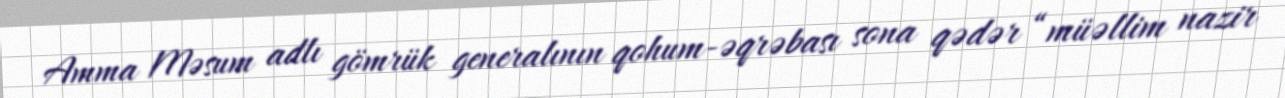
Amma Məsum adlı gömrük generalının qohum-əqrəbası sona qədər “müəllim nazir